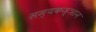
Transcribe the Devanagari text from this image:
सम्यकज्ञान